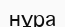
нұра